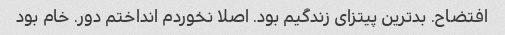
افتضاح. بدترین پیتزای زندگیم بود. اصلا نخوردم انداختم دور. خام بود